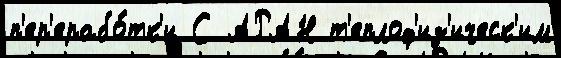
п'ер'ерабо́тк'и С АРАН т'еплоф'из'ическ'им